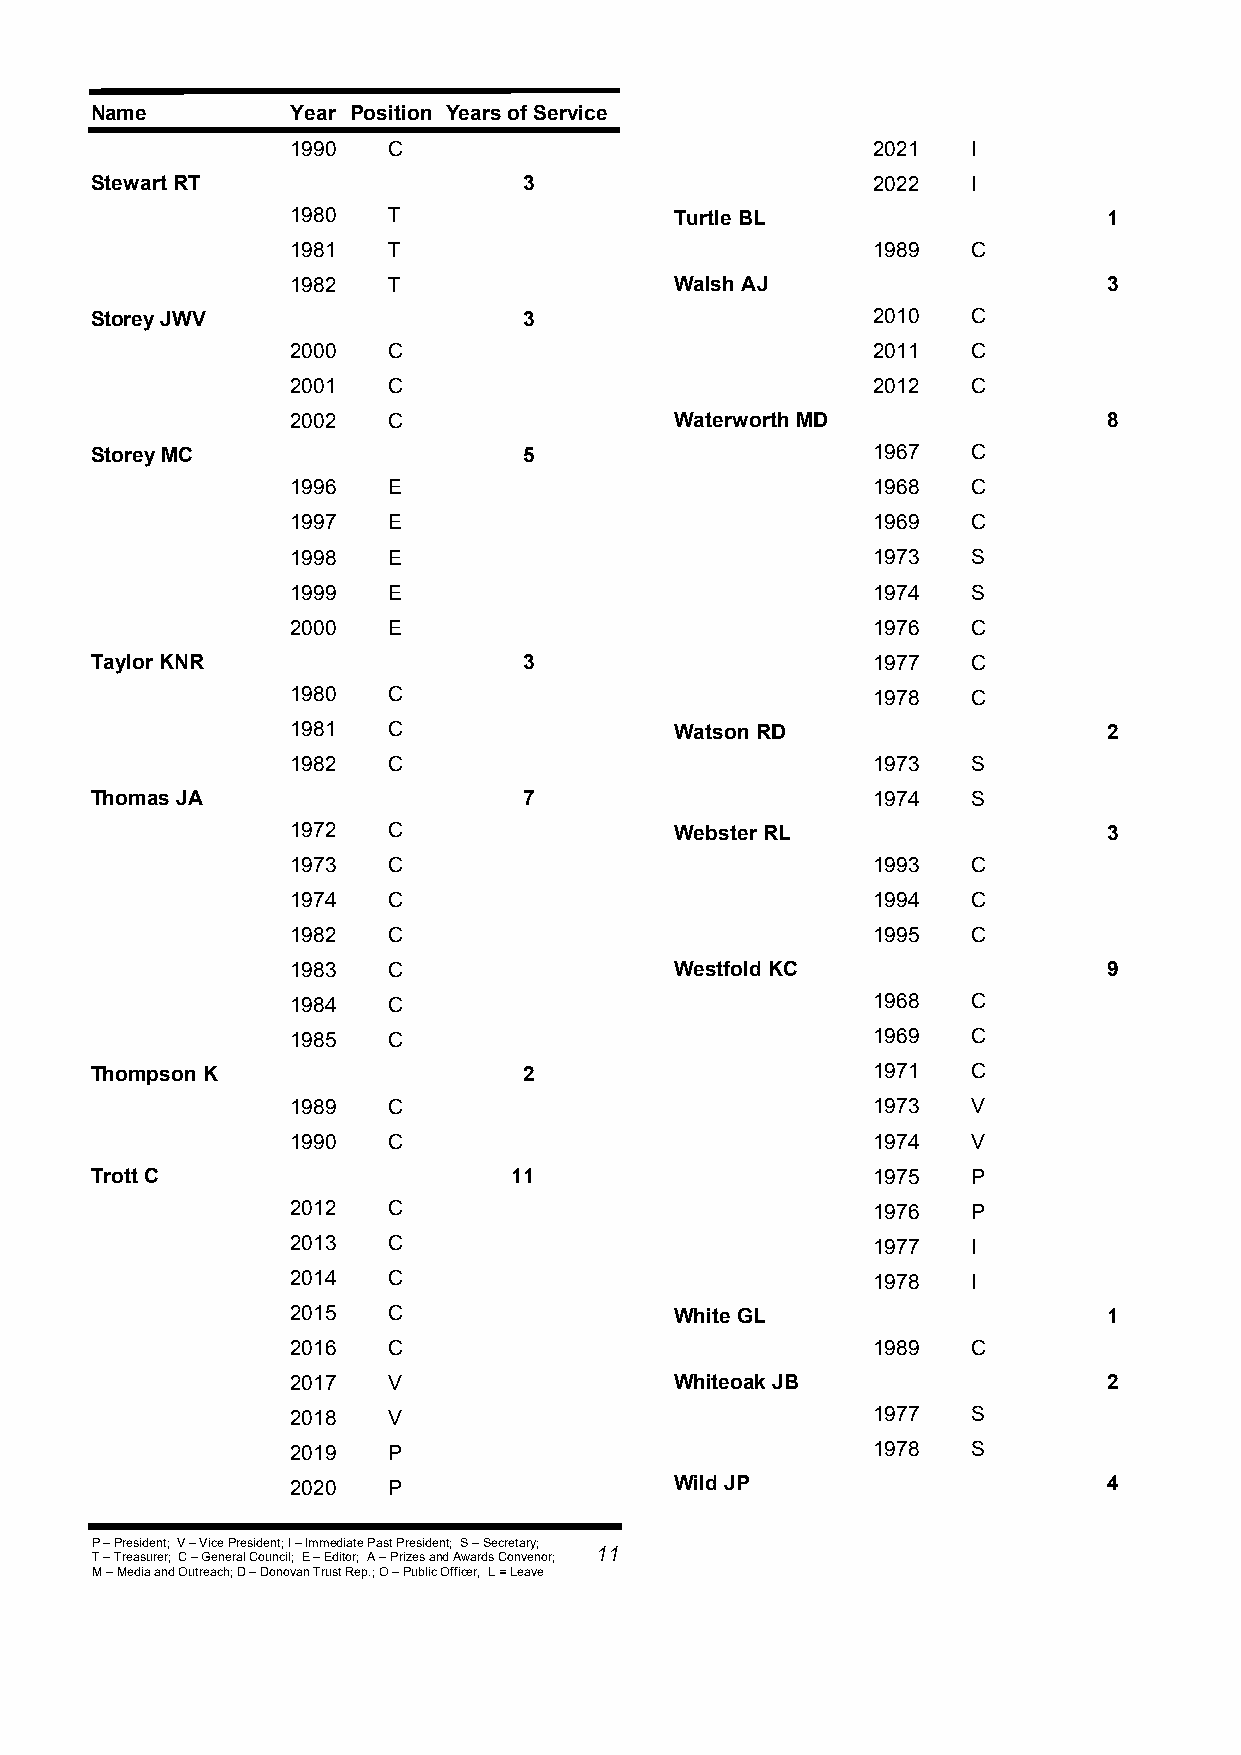
Name         Year Position Years of Service
 1990   C                               2021  I
 Stewart RT                   3                      2022  I
 1980   T                  Turtle BL                   1
 1981   T                               1989  C
 1982   T                  Walsh AJ                    3
 Storey JWV                   3                      2010  C
 2000   C                               2011  C
 2001   C                               2012  C
 2002   C                  Waterworth MD               8
 Storey MC                    5                      1967  C
 1996   E                               1968  C
 1997   E                               1969  C
 1998   E                               1973  S
 1999   E                               1974  S
 2000   E                               1976  C
 Taylor KNR                   3                      1977  C
 1980   C                               1978  C
 1981   C                  Watson RD                   2
 1982   C                               1973  S
 Thomas JA                    7                      1974  S
 1972   C                  Webster RL                  3
 1973   C                               1993  C
 1974   C                               1994  C
 1982   C                               1995  C
 1983   C                  Westfold KC                 9
 1984   C                               1968  C
 1985   C                               1969  C
 Thompson K                   2                      1971  C
 1989   C                               1973  V
 1990   C                               1974  V
 Trott C                     11                      1975  P
 2012   C                               1976  P
 2013   C                               1977  I
 2014   C                               1978  I
 2015   C                  White GL                    1
 2016   C                               1989  C
 2017   V                  Whiteoak JB                 2
 2018   V                               1977  S
 2019   P                               1978  S
 2020   P                  Wild JP                     4
 P – President; V – Vice President; I – Immediate Past President; S – Secretary;
 11
 T – Treasurer; C – General Council; E – Editor; A – Prizes and Awards Convenor;
 M – Media and Outreach; D – Donovan Trust Rep.; O – Public Officer, L = Leave